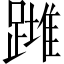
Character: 𨄺